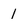
Character: 1